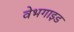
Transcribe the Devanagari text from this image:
वेभगाइड